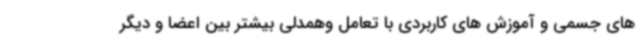
های جسمی و آموزش های کاربردی با تعامل وهمدلی بیشتر بین اعضا و دیگر